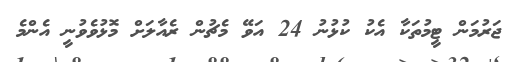
ޖަރުމަން ޓީމުތަކާ އެކު ކުޅުނު 24 އަވޭ މެޗުން ރެއާލަށް މޮޅުވެވުނީ އެންމެ